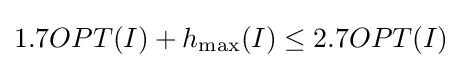
1.7OPT(I)+h_{\max }(I)\leq 2.7OPT(I)